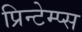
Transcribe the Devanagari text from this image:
प्रिन्टेम्प्स